Document type: Sale
Year: 1323
Scribe: Guillem Coscoll
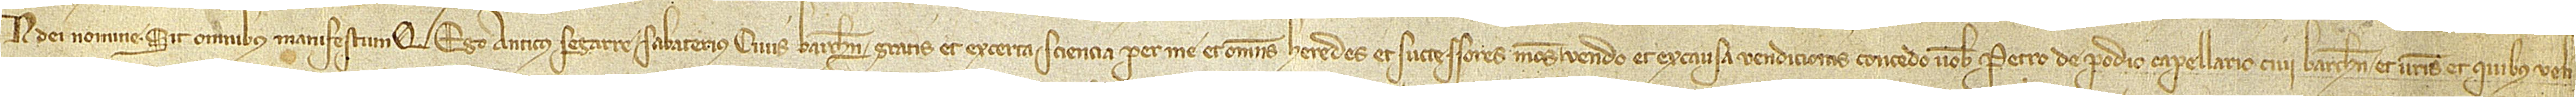
In Dei nomine. Sit omnibus manifestum quod ego Anticus Segarre, sabaterius, civis Barchinone, gratis et ex certa sciencia per me et omnes heredes et successores meos vendo et et ex causa vendicionis concedo vobis Petro de Podio, capellario, civi Barchinone, et vestris et quibus veli-